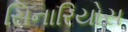
સિનારિયોસ